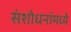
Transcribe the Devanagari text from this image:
संशोधनांमध्ये